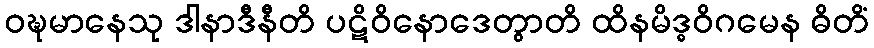
ဝဍ္ဎမာနေသု ဒါနာဒီနီတိ ပဋိဝိနောဒေတွာတိ ထိနမိဒ္ဓဝိဂမေန ဓိတိံ